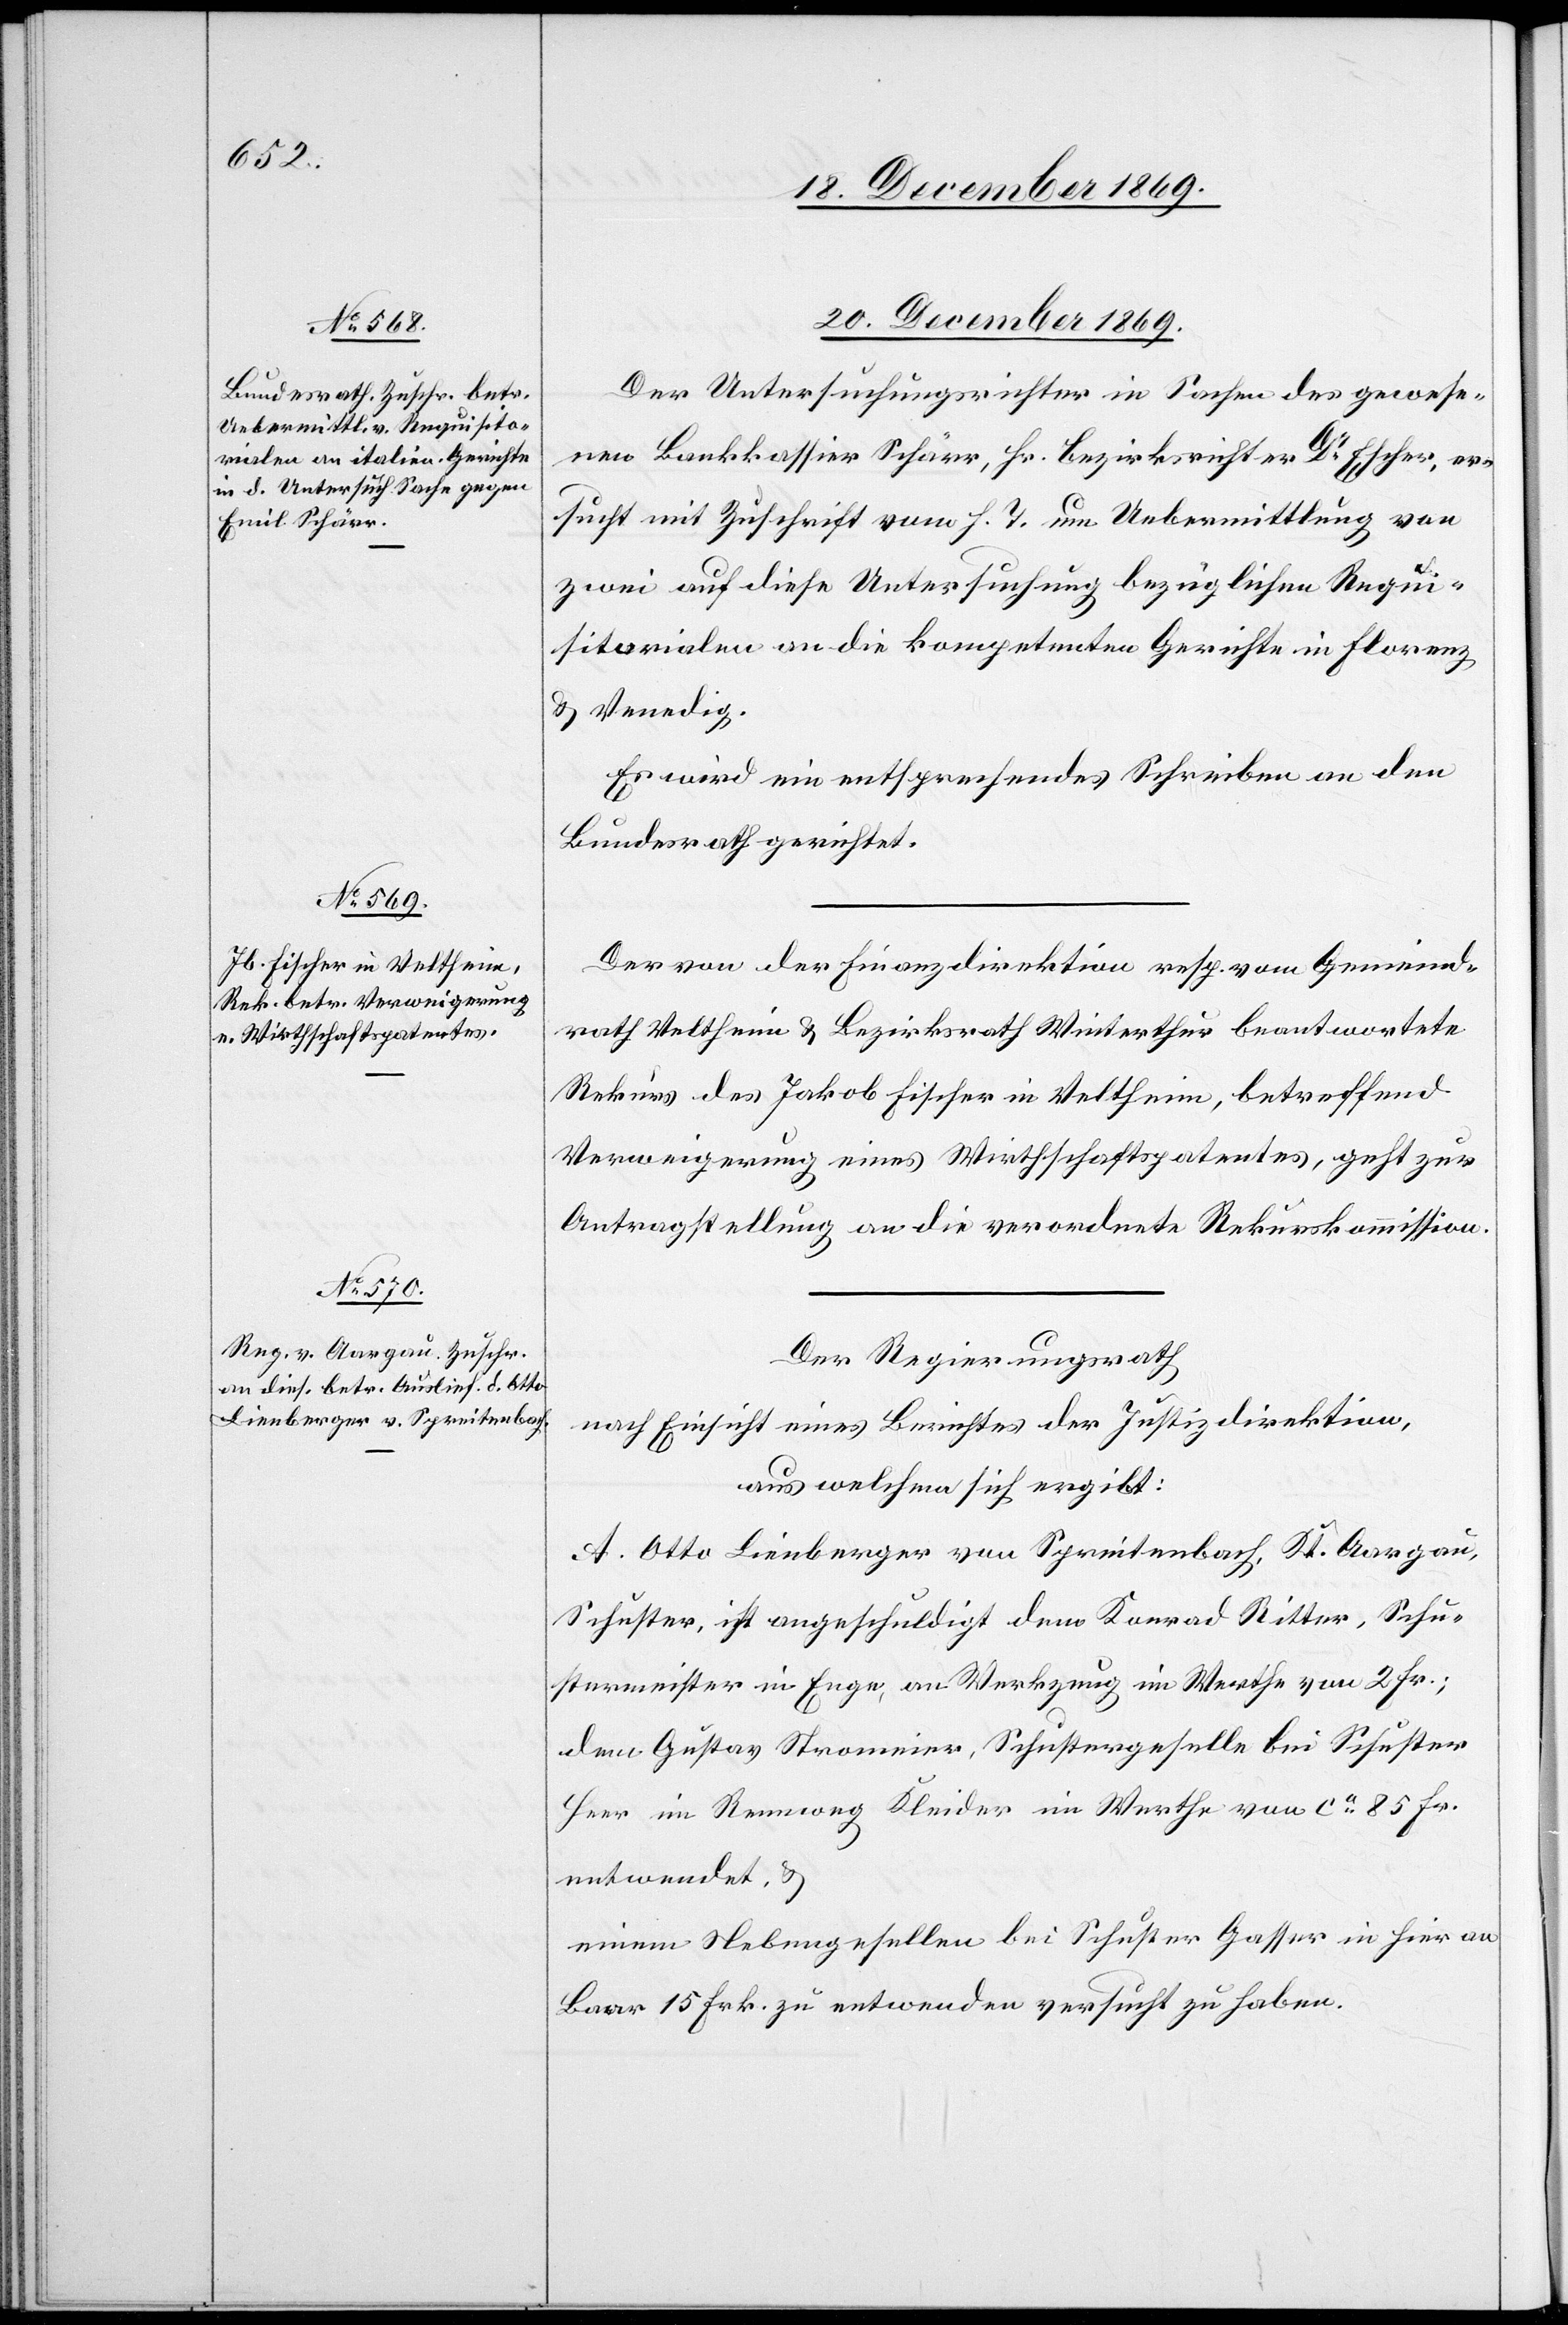
20. December 1869.]
Der Untersuchungsrichter in Sachen des gewese¬
nen Bankkassier Schärr, Hr. Bezirksrichter Dr Escher, er¬
sucht mit Zuschrift vom h. T. um Uebermittlung von
zwei auf diese Untersuchung bezüglichen Requi¬
sitorialen an die kompetenten Gerichte in Florenz
& Venedig.
Es wird ein entsprechendes Schreiben an den
Bundesrath gerichtet.
Der von der Finanzdirektion resp. vom Gemeind¬
rath Veltheim & Bezirksrath Winterthur beantwortete
Rekurs des Jakob Fischer in Veltheim, betreffend
Verweigerung eines Wirthschaftspatentes, geht zur
Antragstellung an die verordnete Rekurskommission.
Der Regierungsrath
nach Einsicht eines Berichtes der Justizdirektion,
aus welchem sich ergibt:
A. Otto Lienberger von Spreitenbach, Kt. Aargau,
Schuster, ist angeschuldigt dem Konrad Ritter, Schu¬
stermeister in Enge, an Werkzeug im Werthe von 2 Fr.;
dem Gustav Stromeier, Schustergeselle bei Schuster
Heer im Rennweg Kleider im Werthe von ca 85 Fr.
entwendet, &
einem Nebengesellen bei Schuster Gasser in hier an
Baar 15 Frk. zu entwenden versucht zu haben.